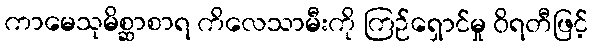
ကာမေသုမိစ္ဆာစာရ ကိလေသာမီးကို ကြဉ်ရှောင်မှု ဝိရတီဖြင့်